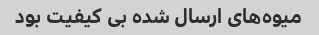
میوه‌های ارسال شده بی کیفیت بود